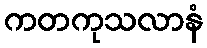
ကတကုသလာနံ